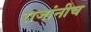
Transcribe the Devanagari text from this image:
राजांनीच